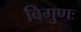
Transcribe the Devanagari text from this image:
विगुणः